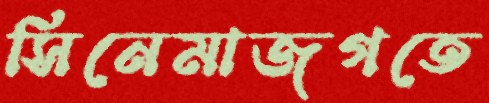
সিনেমাজগতে